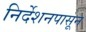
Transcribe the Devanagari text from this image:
निर्देशनपासून